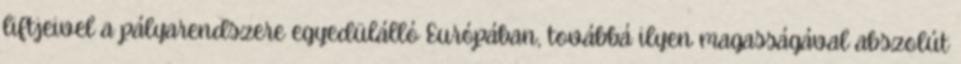
liftjeivel a pályarendszere egyedülálló Európában, továbbá ilyen magasságával abszolút